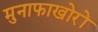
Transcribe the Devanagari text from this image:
मुनाफाखोरों